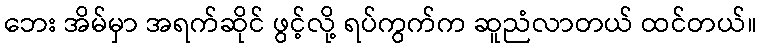
ဘေး အိမ်မှာ အရက်ဆိုင် ဖွင့်လို့ ရပ်ကွက်က ဆူညံလာတယ် ထင်တယ်။